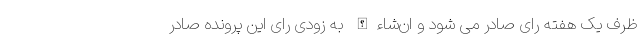
ظرف یک هفته رای صادر می شود و ان‌شاءالله به زودی رای این پرونده صادر